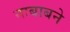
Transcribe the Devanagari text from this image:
नाबाबने